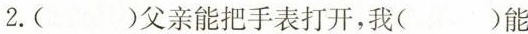
2.()父亲能把手表打开，我()